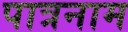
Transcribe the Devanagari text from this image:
पात्रनाम